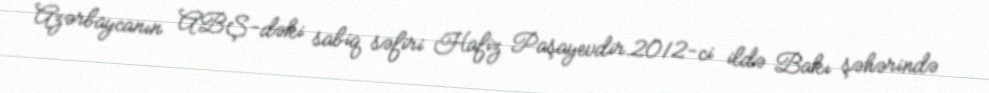
Azərbaycanın ABŞ-dəki sabiq səfiri Hafiz Paşayevdir.2012-ci ildə Bakı şəhərində